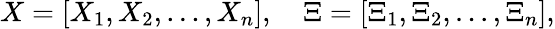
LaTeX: X=[X_{1},X_{2},...,X_{n}],\quad\Xi=[\Xi_{1},\Xi_{2},...,\Xi_{n}],